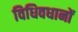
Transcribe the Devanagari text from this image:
विधिवधानों